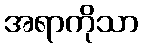
အရာကိုသာ